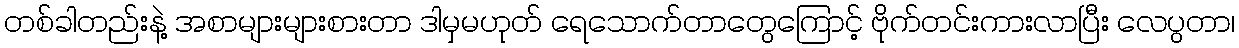
တစ်ခါတည်းနဲ့ အစာများများစားတာ ဒါမှမဟုတ် ရေသောက်တာတွေကြောင့် ဗိုက်တင်းကားလာပြီး လေပွတာ၊